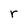
Character: r